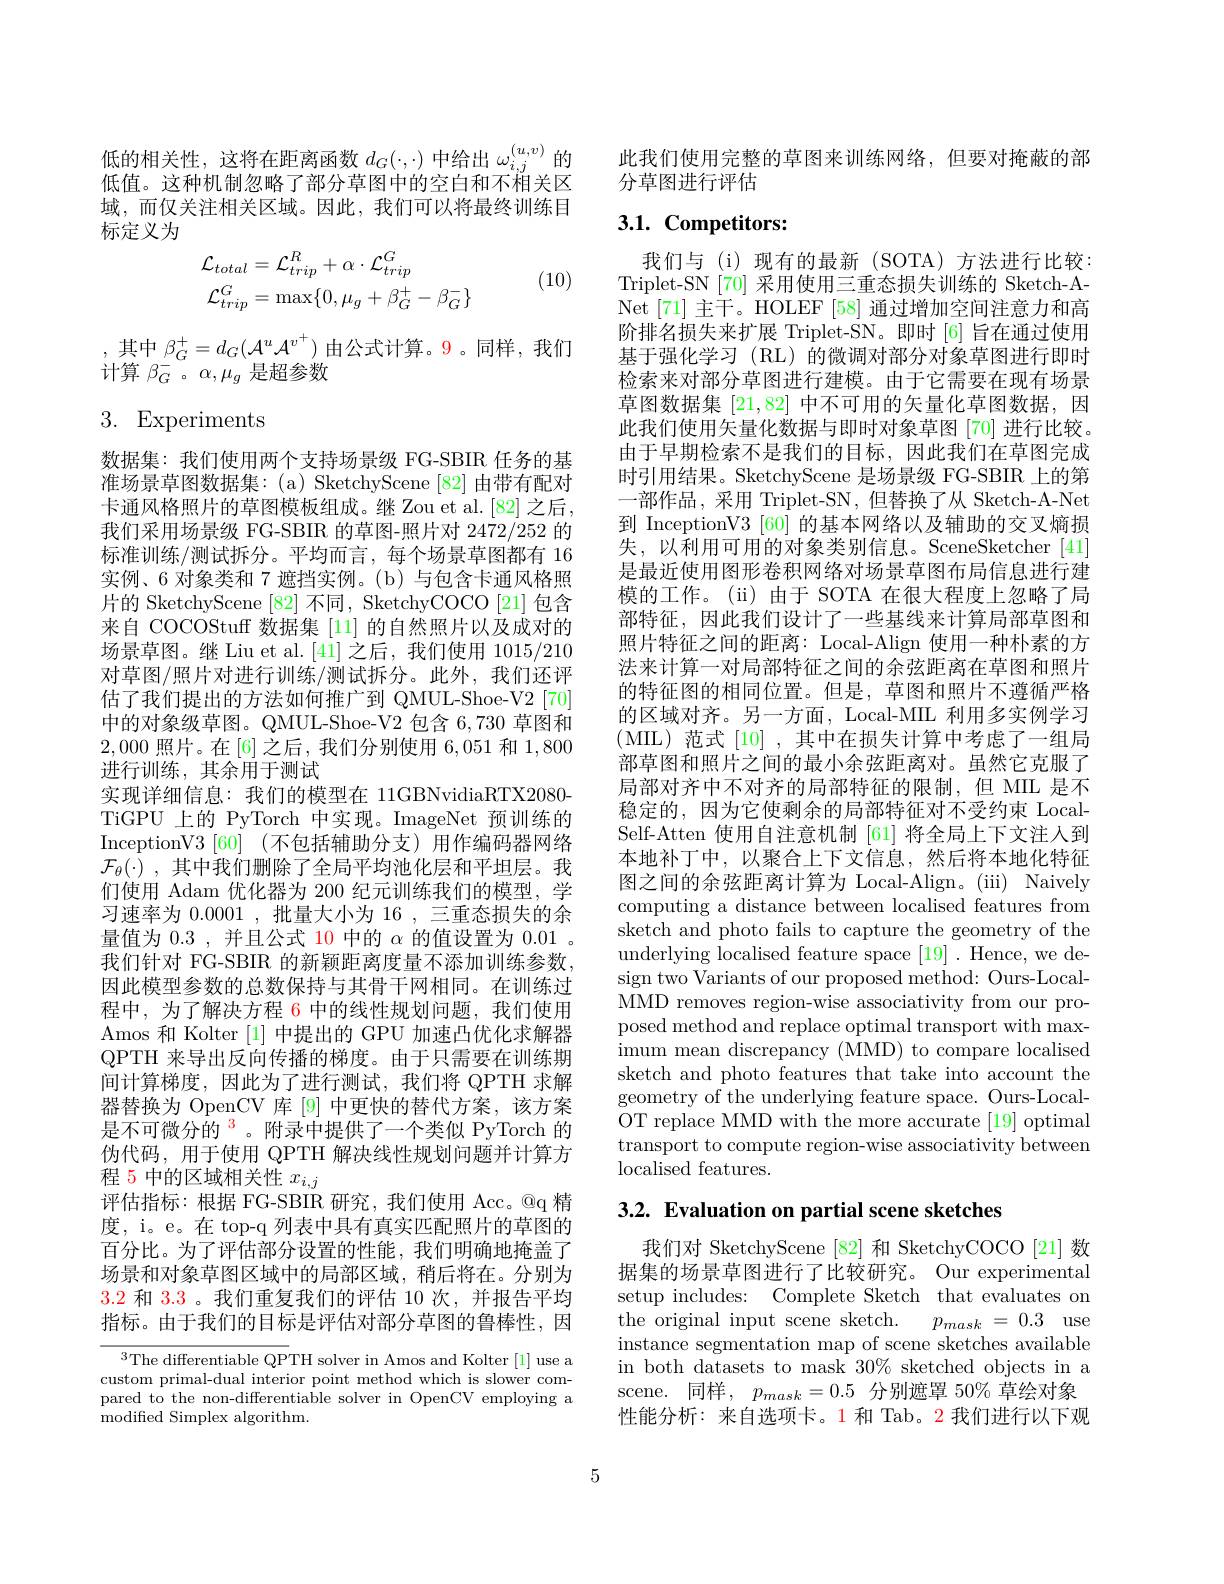
低的相关性，这将在距离函数$d_G(\cdot,\cdot)$中给出$\omega_i,j^{(u,v)}$的低值。这种机制忽略了部分草图中的空白和不相关区域，而仅关注相关区域。因此，我们可以将最终训练目标定义为
$$\begin{aligned}&\mathcal{L}_{total}=\mathcal{L}_{trip}^{R}+\alpha\cdot\mathcal{L}_{trip}^{G}\\&\mathcal{L}_{trip}^{G}=\max\{0,\mu_{g}+\beta_{G}^{+}-\beta_{G}^{-}\}\end{aligned}$$
(10)

,其中$\beta_G^+=d_G(\mathcal{A}^u\mathcal{A}^{v^+})$由公式计算。9。同样，我们
计算$\beta_G^-$。$\alpha,\mu_g$是超参数

# 3. Experiments

数据集：我们使用两个支持场景级 FG-SBIR 任务的基准场景草图数据集：(a) SketchyScene[82] 由带有配对卡通风格照片的草图模板组成。继 Zou et al.[82] 之后， 我们采用场景级 FG-SBIR 的草图-照片对 2472/252 的标准训练/测试拆分。平均而言，每个场景草图都有 16实例、6 对象类和 7 遮挡实例。(b) 与包含卡通风格照片的 SketchyScene [82] 不同，SketchyCOCO [21] 包含来自 COCOStuf 数据集 [11] 的自然照片以及成对的场景草图。继 Liu et al.[41] 之后，我们使用 1015/210对草图/照片对进行训练/测试拆分。此外，我们还评估了我们提出的方法如何推广到 QMUL-Shoe-V2[70] 中的对象级草图。QMUL-Shoe-V2 包含 6,730 草图和2,000照片。在 [6] 之后，我们分别使用 6,051 和1，800进行训练，其余用于测试
实现详细信息：我们的模型在 11GBNvidiaRTX2080- TiGPU 上的 PyTorch 中实现。ImageNet 预训练的InceptionV3 [60] (不包括辅助分支)用作编码器网络$\mathcal{F} _\theta ( \cdot )$ , 其中我们删除了全局平均池化层和平坦层。我们使用 Adam 优化器为 200 纪元训练我们的模型，学习速率为0.0001 ,批量大小为 16 ,三重态损失的余量值为0.3 ,并且公式 10 中的$\alpha$的值设置为0.01 。我们针对 FG-SBIR 的新颖距离度量不添加训练参数， 因此模型参数的总数保持与其骨干网相同。在训练过程中，为了解决方程 6 中的线性规划问题，我们使用Amos 和 Kolter [1] 中提出的 GPU 加速凸优化求解器QPTH 来导出反向传播的梯度。由于只需要在训练期间计算梯度，因此为了进行测试，我们将 QPTH 求解器替换为 OpenCV 库[9]中更快的替代方案，该方案是不可微分的$^{3}$。附录中提供了一个类似 PyTorch 的伪代码，用于使用 QPTH 解决线性规划问题并计算方程 5 中的区域相关性$x_i,j$
评估指标：根据 FG-SBIR 研究，我们使用 Acc。@q 精度，i。e。在 top-q 列表中具有真实匹配照片的草图的百分比。为了评估部分设置的性能，我们明确地掩盖了场景和对象草图区域中的局部区域，稍后将在。分别为3.2和3.3 。我们重复我们的评估 10 次，并报告平均指标。由于我们的目标是评估对部分草图的鲁棒性，因$^{3}$The differentiable QPT$H solver in Amos and Kolter [ 1] use a$

custom primal-dual interior point method which is slower compared to the non-differentiable solver in OpenCV employing a modified Simplex algorithm.

此我们使用完整的草图来训练网络，但要对掩蔽的部
分草图进行评估

## 3.1. Competitors:

我们与(i)现有的最新(SOTA)方法进行比较： Triplet-SN[70] 采用使用三重态损失训练的 Sketch-ANet[71] 主干。HOLEF [58] 通过增加空间注意力和高阶排名损失来扩展 Triplet-SN。即时[6] 旨在通过使用基于强化学习 (RL) 的微调对部分对象草图进行即时检索来对部分草图进行建模。由于它需要在现有场景草图数据集[21,82]中不可用的矢量化草图数据，因此我们使用矢量化数据与即时对象草图[70]进行比较。由于早期检索不是我们的目标，因此我们在草图完成时引用结果。SketchyScene 是场景级 FG-SBIR 上的第一部作品，采用 Triplet-SN,但替换了从 Sketch-A-Net 到 InceptionV3 [60] 的基本网络以及辅助的交叉熵损失，以利用可用的对象类别信息。SceneSketcher[41] 是最近使用图形卷积网络对场景草图布局信息进行建模的工作。(ii)由于 SOTA 在很大程度上忽略了局部特征，因此我们设计了一些基线来计算局部草图和照片特征之间的距离：Local-Align 使用一种朴素的方法来计算一对局部特征之间的余弦距离在草图和照片的特征图的相同位置。但是，草图和照片不遵循严格的区域对齐。另一方面，Local-MIL 利用多实例学习(MIL)范式[10],其中在损失计算中考虑了一组局部草图和照片之间的最小余弦距离对。虽然它克服了局部对齐中不对齐的局部特征的限制，但 MIL 是不稳定的，因为它使剩余的局部特征对不受约束 LocalSelf-Atten 使用自注意机制 [61] 将全局上下文注人到本地补丁中，以聚合上下文信息，然后将本地化特征图之间的余弦距离计算为 Local-Align。(iii) Naively computing a distance between localised features from sketch and photo fails to capture the geometry of the underlying localised feature space [19]. Hence, we design two Variants of our proposed method: Ours-LocalMMD removes region-wise associativity from our proposed method and replace optimal transport with maximum mean discrepancy (MMD) to compare localised sketch and photo features that take into account the geometry of the underlying feature space. Ours-LocalOT replace MMD with the more accurate [19] optimal transport to compute region-wise associativity between localised features.
3.2. Evaluation on partial scene sketches

我们对 SketchyScene [82]和 SketchyCOCO[21]数据集的场景草图进行了比较研究。Our experimental setup includes: Complete Sketch that evaluates on the original input scene sketch.$p_{mask}=0.3$use instance segmentation map of scene sketches available in both datasets to mask 30% sketched objects in a scene. 同样，$p_{mask}=0.5$分别遮罩 50% 草绘对象性能分析：来自选项卡。1 和 Tab。2 我们进行以下观

5